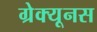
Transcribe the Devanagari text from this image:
ग्रेक्यूनस